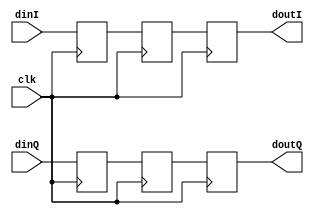
`timescale 1ns / 1ps
//////////////////////////////////////////////////////////////////////////////////
// Company: 
// Engineer: 
// 
// Design Name: 
// Module Name: delay_unit_D1_1
// Project Name: 
// Target Devices: 
// Tool Versions: 
// Description: 
// 
// Dependencies: 
// 
// Revision:
// Revision 0.01 - File Created
// Additional Comments:
// 
//////////////////////////////////////////////////////////////////////////////////


module delay_unit_D1_1(clk, dinI, dinQ, doutI, doutQ);
    input clk;    
    input signed [17:0] dinI, dinQ;
    output reg signed [17:0] doutI = 0;
    output reg signed [17:0] doutQ = 0;
        
    reg signed [17:0] I1 = 0, I2 = 0, Q1 = 0, Q2 = 0;
    always @(posedge clk)
        begin
        I1 <= dinI; I2 <= I1; doutI <=I2;
        Q1 <= dinQ; Q2 <= Q1; doutQ <=Q2;
        end      
endmodule